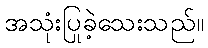
အသုံးပြုခဲ့သေးသည်။